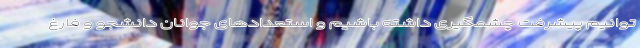
توانیم پیشرفت چشمگیری داشته باشیم و استعداد‌های جوانان دانشجو و فارغ